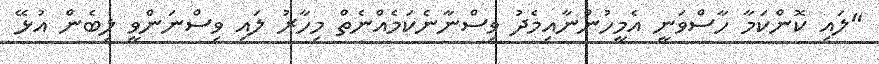
"ލައި ކޮންކަމާ ހާސްވަނީ އެމީހުންނާއިމެދު ވިސްނާނެކަމެއްނެތް މިހާރު ލައި ވިސްނަންވީ ލިބެން އުޅޭ